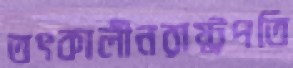
তৎকালীনরাষ্ট্রপতি